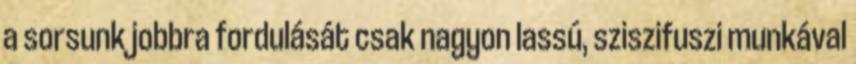
a sorsunk jobbra fordulását csak nagyon lassú, sziszifuszi munkával